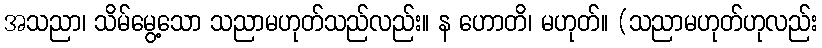
အသညာ၊ သိမ်မွေ့သော သညာမဟုတ်သည်လည်း။ န ဟောတိ၊ မဟုတ်။ (သညာမဟုတ်ဟုလည်း